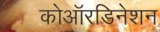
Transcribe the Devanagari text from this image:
कोऑरडिनेशन